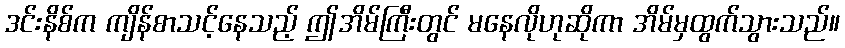
ဒင်းနိစ်က ကျိန်စာသင့်နေသည့် ဤအိမ်ကြီးတွင် မနေလိုဟုဆိုကာ အိမ်မှထွက်သွားသည်။